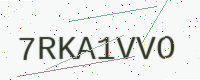
Text: 7RKA1VVO